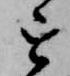
を